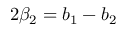
2 \beta _ { 2 } = b _ { 1 } - b _ { 2 }